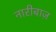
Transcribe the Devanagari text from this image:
नारीबाज़